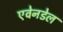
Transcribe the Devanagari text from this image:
एवेनडेल